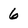
Character: 6